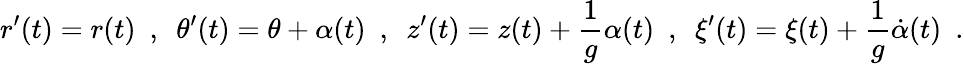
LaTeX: r^{\prime}(t)=r(t)\ \ ,\ \ \theta^{\prime}(t)=\theta+\alpha(t)\ \ ,\ \ z^{\prime}(t)=z(t)+\frac{1}{g}\alpha(t)\ \ ,\ \ \xi^{\prime}(t)=\xi(t)+\frac{1}{g}\dot{\alpha}(t)\ \ .